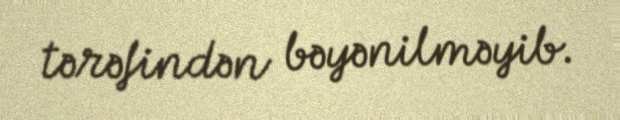
tərəfindən bəyənilməyib.